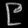
Digit: ၉